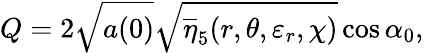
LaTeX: Q=2\sqrt{a(0)}\sqrt{\overline{{{\eta}}}_{5}(r,\theta,\varepsilon_{r},\chi)}\cos\alpha_{0},